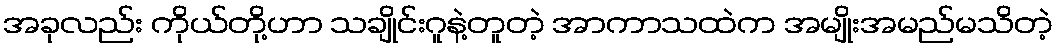
အခုလည်း ကိုယ်တို့ဟာ သချိုင်းဂူနဲ့တူတဲ့ အာကာသထဲက အမျိုးအမည်မသိတဲ့